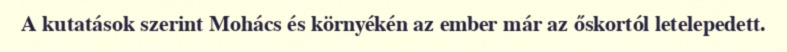
A kutatások szerint Mohács és környékén az ember már az őskortól letelepedett.